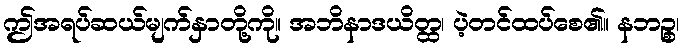
ဤအရပ်ဆယ်မျက်နှာတို့ကို။ အဘိနာဒယိတ္ထ၊ ပဲ့တင်ထပ်စေ၏။ နဘဉ္စ၊